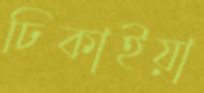
ঢিকাইয়া